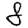
Digit: 8